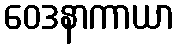
ဝေဒနာကာယာ